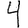
Digit: 4